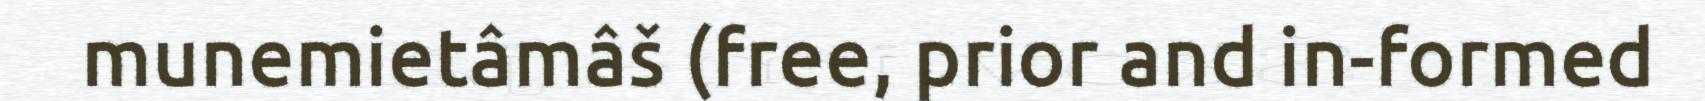
munemietâmâš (free, prior and in-formed